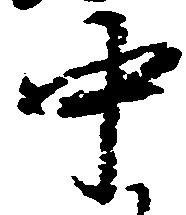
中